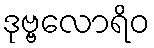
ဒုဗ္ဗလောရိဝ